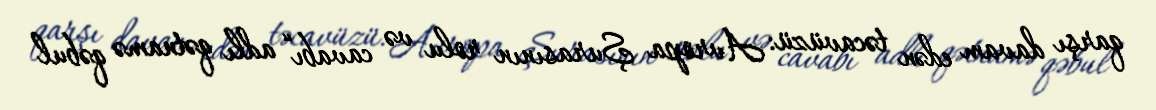
qarşı davam edən təcavüzü: Avropa Şurasının rolu və cavabı“ adlı qətnamə qəbul